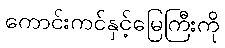
ကောင်းကင်နှင့်မြေကြီးကို